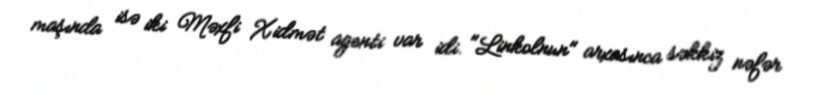
maşında isə iki Məxfi Xidmət agenti var idi. "Linkolnun" arxasınca səkkiz nəfər